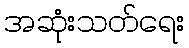
အဆုံးသတ်ရေး